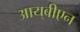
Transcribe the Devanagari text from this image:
आय्‌बीएन